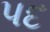
પદ